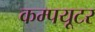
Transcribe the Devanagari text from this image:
कम्पयूटर